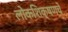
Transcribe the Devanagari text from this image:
लोकशिक्षणचे